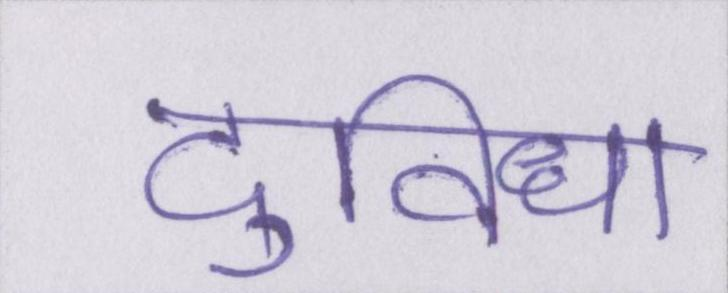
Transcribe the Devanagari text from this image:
दुविधा